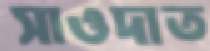
সাওদাত